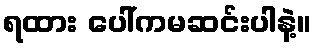
ရထား ပေါ်ကမဆင်းပါနဲ့။